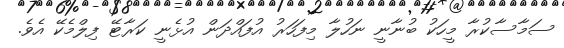
ސަމާސާކުރާ މީހަކު ބުނާނީ ނަހުލާ މިފަހަރު އުފައްދަން އުޅެނީ ކަރާޓޭ ފިލްމެކޭ އެވެ.